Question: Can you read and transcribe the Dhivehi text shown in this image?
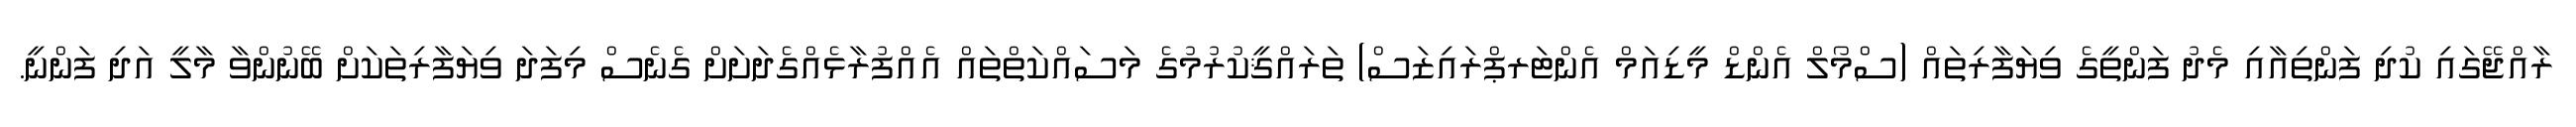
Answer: ރާއްޖޭގައި ކުދި ފަންތިއާއި މެދު ފަންތީގެ ވިޔަފާރިތައް (ސްމޯލް އެންޑް މީޑިއަމް އެންޓަރޕްރައިޒަސް) ތަރައްޤީކުރުމުގެ މަސައްކަތްތައް އެއްފުރާޅެއްގެދަށަށް ގެނެސް މިފަދަ ވިޔަފާރިތަކަށް ބޭނުންވާ މާލީ އަދި ފަންނީ.